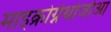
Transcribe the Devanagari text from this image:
माइक्रोग्नेथोजोआ